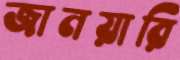
জানয়ারি